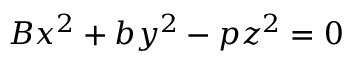
B x ^ { 2 } + b y ^ { 2 } - p z ^ { 2 } = 0